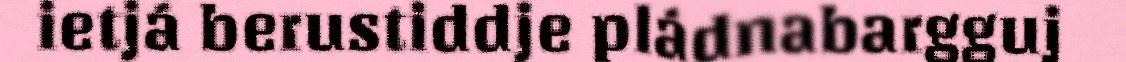
ietjá berustiddje pládnabargguj